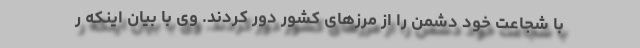
با شجاعت خود دشمن را از مرزهای کشور دور کردند. وی با بیان اینکه ر